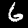
Label: 6